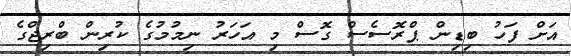
އަށް ފަހު ބިޑިން ޕްރޮސެސް ގޮސް މި އަހަރު ނިމުމުގެ ކުރިން ބްރިޖްގެ